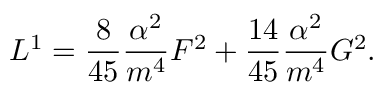
{ \cal L } ^ { 1 } = \frac { 8 } { 4 5 } \frac { \alpha ^ { 2 } } { m ^ { 4 } } { \cal F } ^ { 2 } + \frac { 1 4 } { 4 5 } \frac { \alpha ^ { 2 } } { m ^ { 4 } } { \cal G } ^ { 2 } .